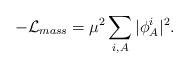
LaTeX: \begin{align*}-{\cal L}_{mass}=\mu^2\sum_{i,A}\vert \phi_A^i \vert^2.\end{align*}